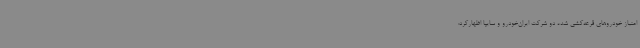
امتیاز خودروهای قرعه‌کشی شده دو شرکت ایران‌خودرو و سایپا اظهارکرد: